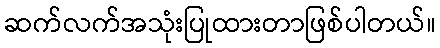
ဆက်လက်အသုံးပြုထားတာဖြစ်ပါတယ်။